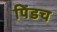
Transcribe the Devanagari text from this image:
पिंडच